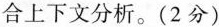
合上下文分析。（2分）